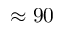
\approx 9 0